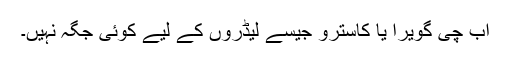
اب چی گویرا یا کاسترو جیسے لیڈروں کے لیے کوئی جگہ نہیں۔